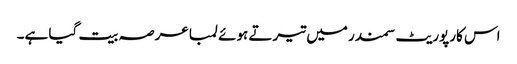
اس کارپوریٹ سمندر میں تیرتے ہوئے لمبا عرصہ بیت گیا ہے۔